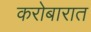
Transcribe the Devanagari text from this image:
करोबारात